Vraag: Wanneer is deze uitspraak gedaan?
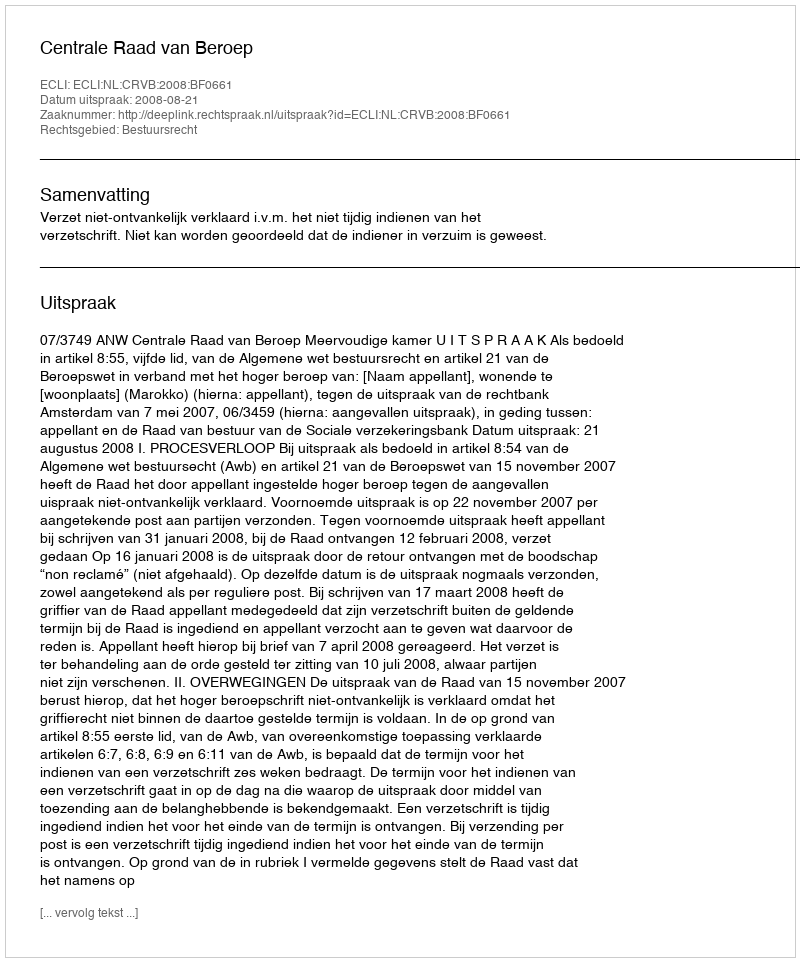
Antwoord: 2008-08-21